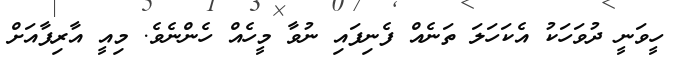
ހީވަނީ ދުވަހަކު އެކަހަަލަ ތަނެއް ފެނިފައި ނުވާ މީހެއް ހެންނެވެ. މިއީ އާރިފާއަށް